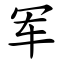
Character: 军